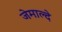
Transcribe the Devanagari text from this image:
जेमाल्दे